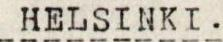
HELSINKI.